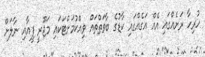
ހުރިހާ ރަށެއްގައި އެއް އަގެއްގައި ކާޑުގެ ބާވަތްތައް ވިއްކުމަށްޓަކައި މަޖޫރީ ފީއާއި ނާލަށް